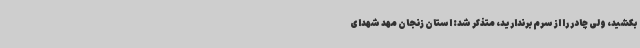
بکشید، ولی چادر را از سرم برندارید، متذکر شد: استان زنجان مهد شهدای